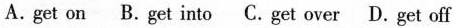
A.get on B.get into C.get over D.get off